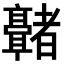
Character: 𬴢